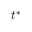
{ { t } ^ { * } }